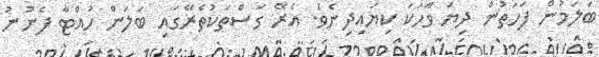
ބަލަމުން ފަހަތުން ދިޔަ ވާހަކަ ކިޔައިދިނެވެ. އެރޭ ގަސްތަކުތެރޭގައި ބަލަން ހުއްޓާ ފެނުނު